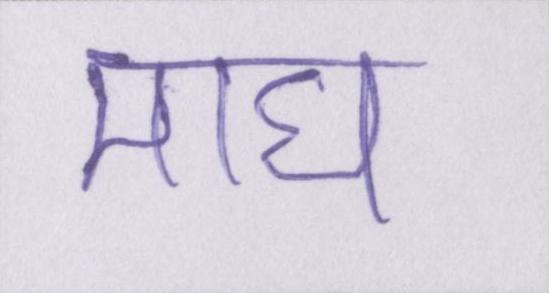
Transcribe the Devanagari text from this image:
माघ